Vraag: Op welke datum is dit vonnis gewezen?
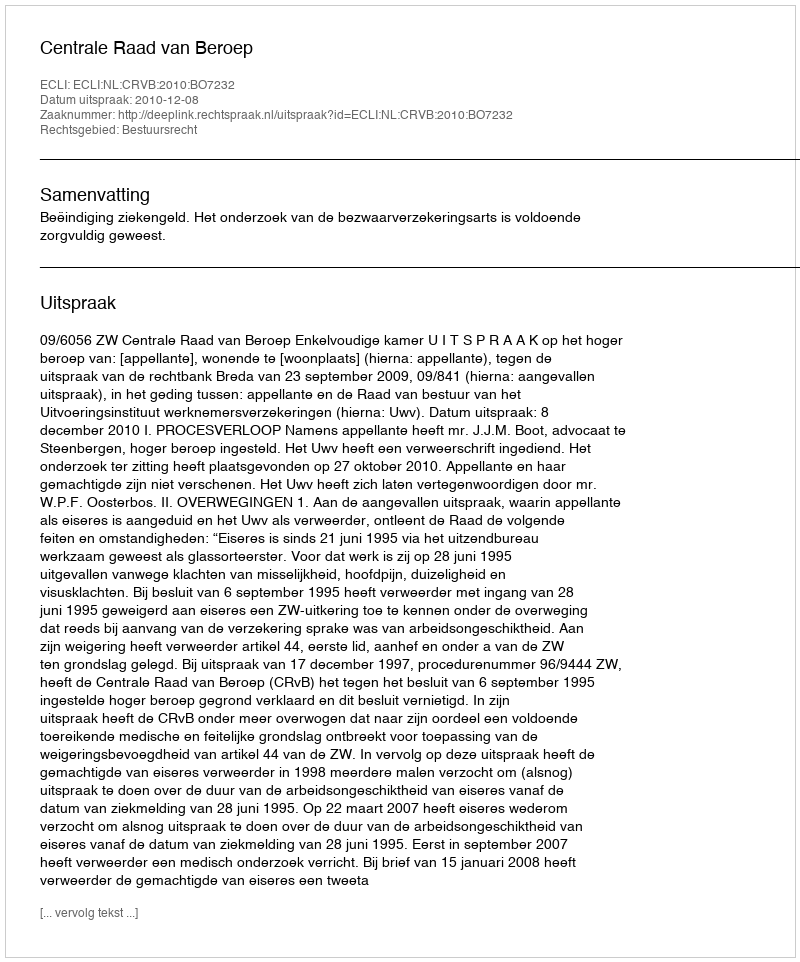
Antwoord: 2010-12-08